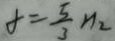
f = \frac { 5 } { 3 } n _ { 2 }